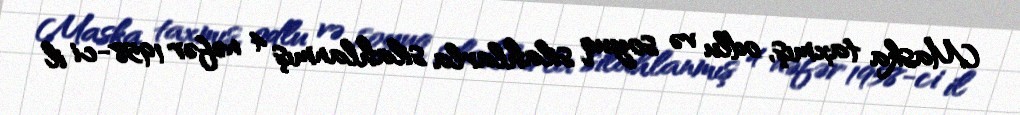
Maska taxmış, odlu və soyuq silahlarla silahlanmış 4 nəfər 1958-ci il